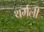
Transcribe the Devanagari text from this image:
थर्मली